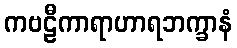
ကဗဠီကာရာဟာရဘက္ခာနံ